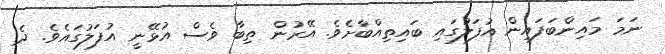
ނަމަ މައިންބަފައިން އުފަލުގައި ބައިތިއްބާށެވެ. އޭރުން ތިބާ ވެސް އުޅޭނީ އުފަލުގައެވެ. ދެ